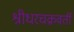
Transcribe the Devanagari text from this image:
श्रीधरचक्रवर्ती